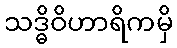
သဒ္ဓိဝိဟာရိကမှိ